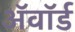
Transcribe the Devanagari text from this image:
अॅवॉर्ड